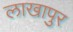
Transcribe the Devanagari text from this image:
लाखापुर